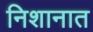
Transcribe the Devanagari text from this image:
निशानात